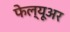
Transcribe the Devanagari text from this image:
फेल्यूअर